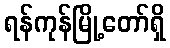
ရန်ကုန်မြို့တော်ရှိ